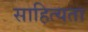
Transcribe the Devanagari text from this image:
साहित्यता